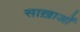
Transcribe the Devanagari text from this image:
साख़ाओं